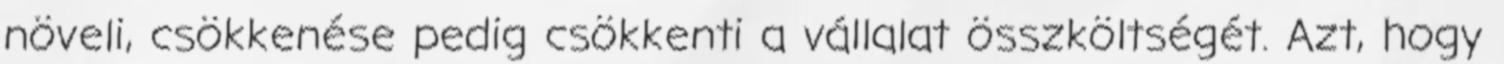
növeli, csökkenése pedig csökkenti a vállalat összköltségét. Azt, hogy